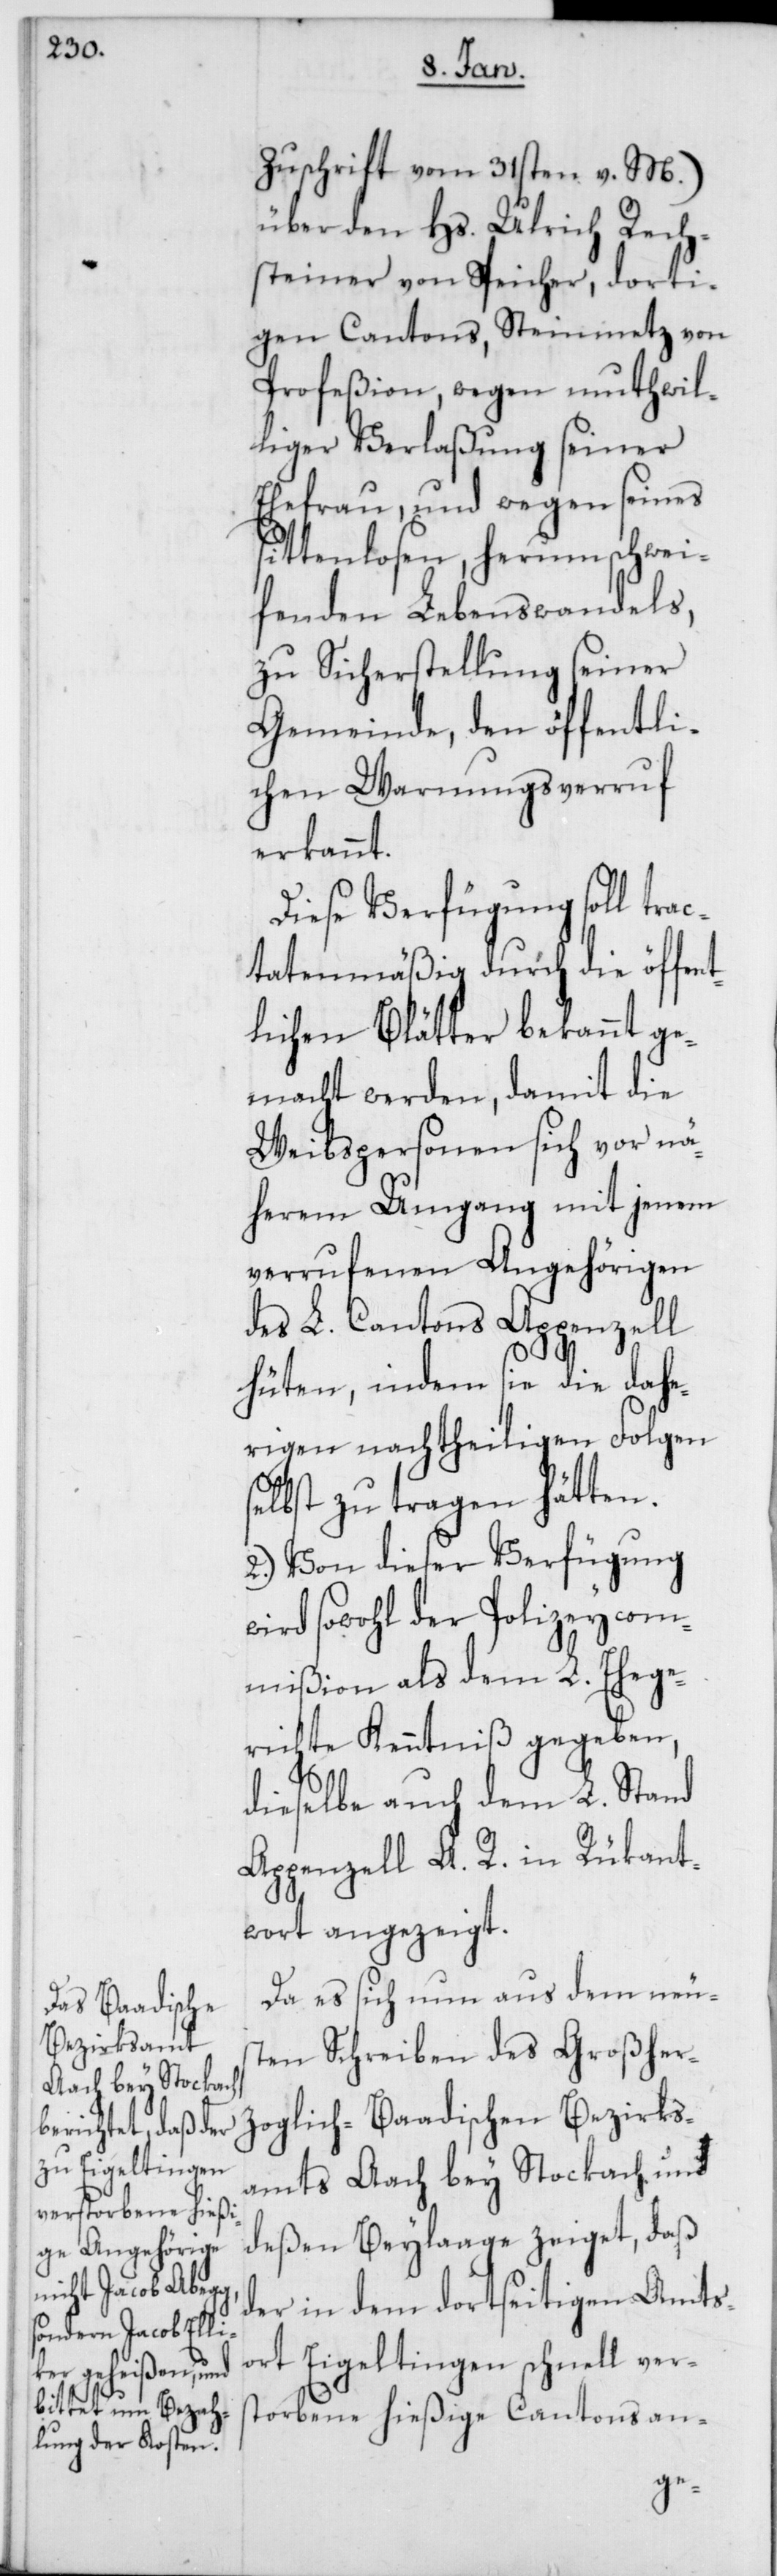
Zuschrift vom 31sten v. M.)
über den Hs. Ulrich Rech¬
steiner von Speicher, dorti¬
gen Cantons, Steinmetz von
Profeßion, wegen muthwil¬
liger Verlaßung seiner
Ehefrau, und wegen seines
sittenlosen, herumschwei¬
fenden Lebenswandels,
zu Sicherstellung seiner
Gemeinde, den öffentli¬
chen Warnungsverruf
erkannt.
Diese Verfügung soll tra¬
ctatenmäßig durch die öffent¬
lichen Blätter bekannt ge¬
macht werden, damit die
Weibspersonen sich vor nä¬
herern Umgang mit jenem
verrufenen Angehörigen
des L. Cantons Appenzell
hüten, indem sie die dahe¬
rigen nachtheiligen Folgen
selbst zu tragen hätten.
2.) Von dieser Verfügung
wird sowohl der Polizeycom¬
mißion als dem L. Ehege¬
richte Kenntniß gegeben,
dieselbe auch dem L. Stand
Appenzell A. R. in Rükant¬
wort angezeigt.
Da es sich nun aus dem neus¬
ten Schreiben des Großher¬
zoglich-Baadischen Bezirks¬
amts Aach bey Stockach und
deßen Beylaage zeiget, daß
der in dem dortseitigen Amts¬
ort Eigeltingen schnell vers¬
torbene hießige Cantonan-